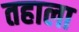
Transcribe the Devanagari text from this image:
तहाला